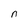
Character: n